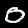
Digit: 0